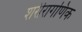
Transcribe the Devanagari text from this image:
शरीरागणिक